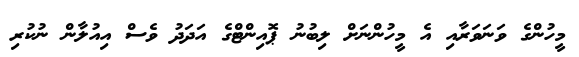
މީހުންގެ ވަނަވަރާއި އެ މީހުންނަށް ލިބުނު ޕޮއިންޓްގެ އަދަދު ވެސް އިއުލާން ނުކުރި